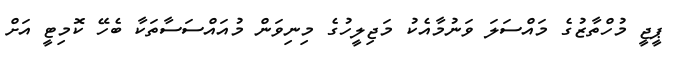
ޕީޖީ މުހްތާޒުގެ މައްސަލަ ވަނުމާއެކު މަޖިލީހުގެ މިނިވަން މުއައްސަސާތަކާ ބެހޭ ކޮމިޓީ އަށް